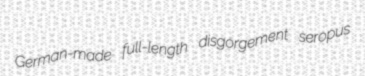
German-made full-length disgorgement seropus